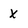
Character: X